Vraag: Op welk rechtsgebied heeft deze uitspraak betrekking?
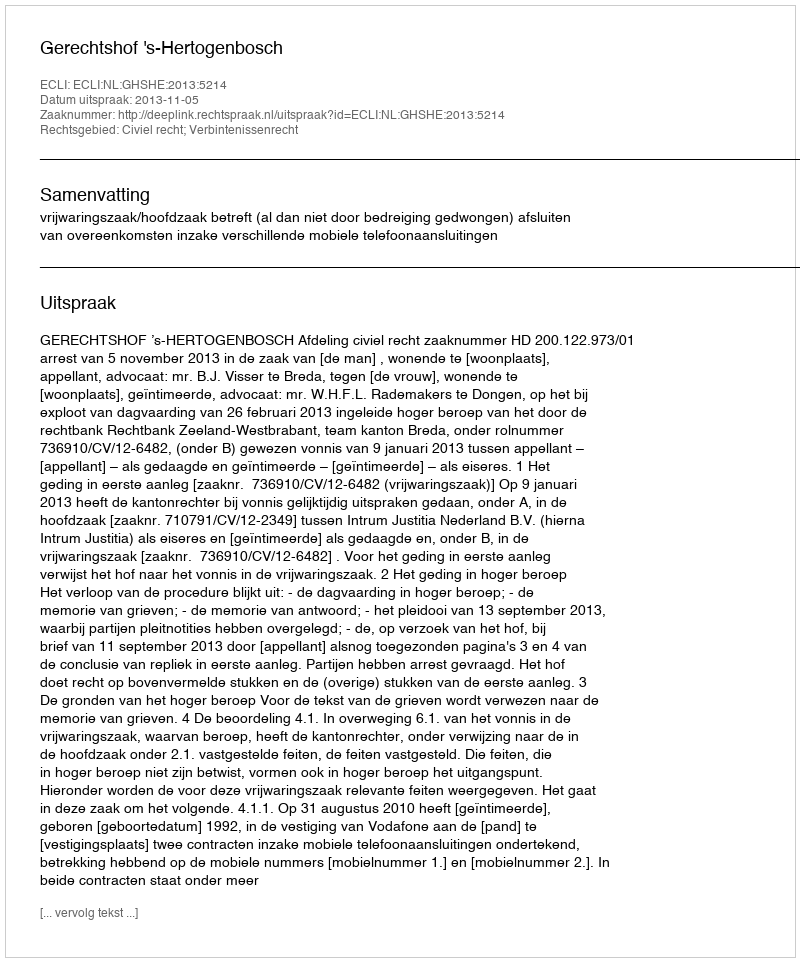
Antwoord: Civiel recht; Verbintenissenrecht